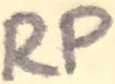
Text: RP